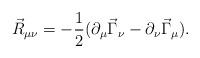
LaTeX: \begin{align*}\vec{R}_{\mu \nu} = - \frac{1}{2} ( \partial_\mu \vec{\Gamma}_\nu - \partial_\nu \vec{\Gamma}_\mu ) .\end{align*}